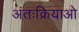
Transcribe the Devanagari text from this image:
अंतःक्रियाओ